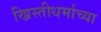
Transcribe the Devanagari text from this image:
ख्रिस्तीधर्माच्या